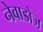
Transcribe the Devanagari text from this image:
नेवाडोज